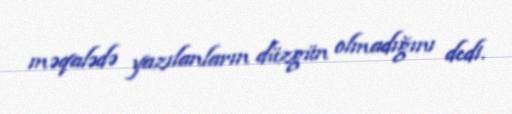
məqalədə yazılanların düzgün olmadığını dedi.